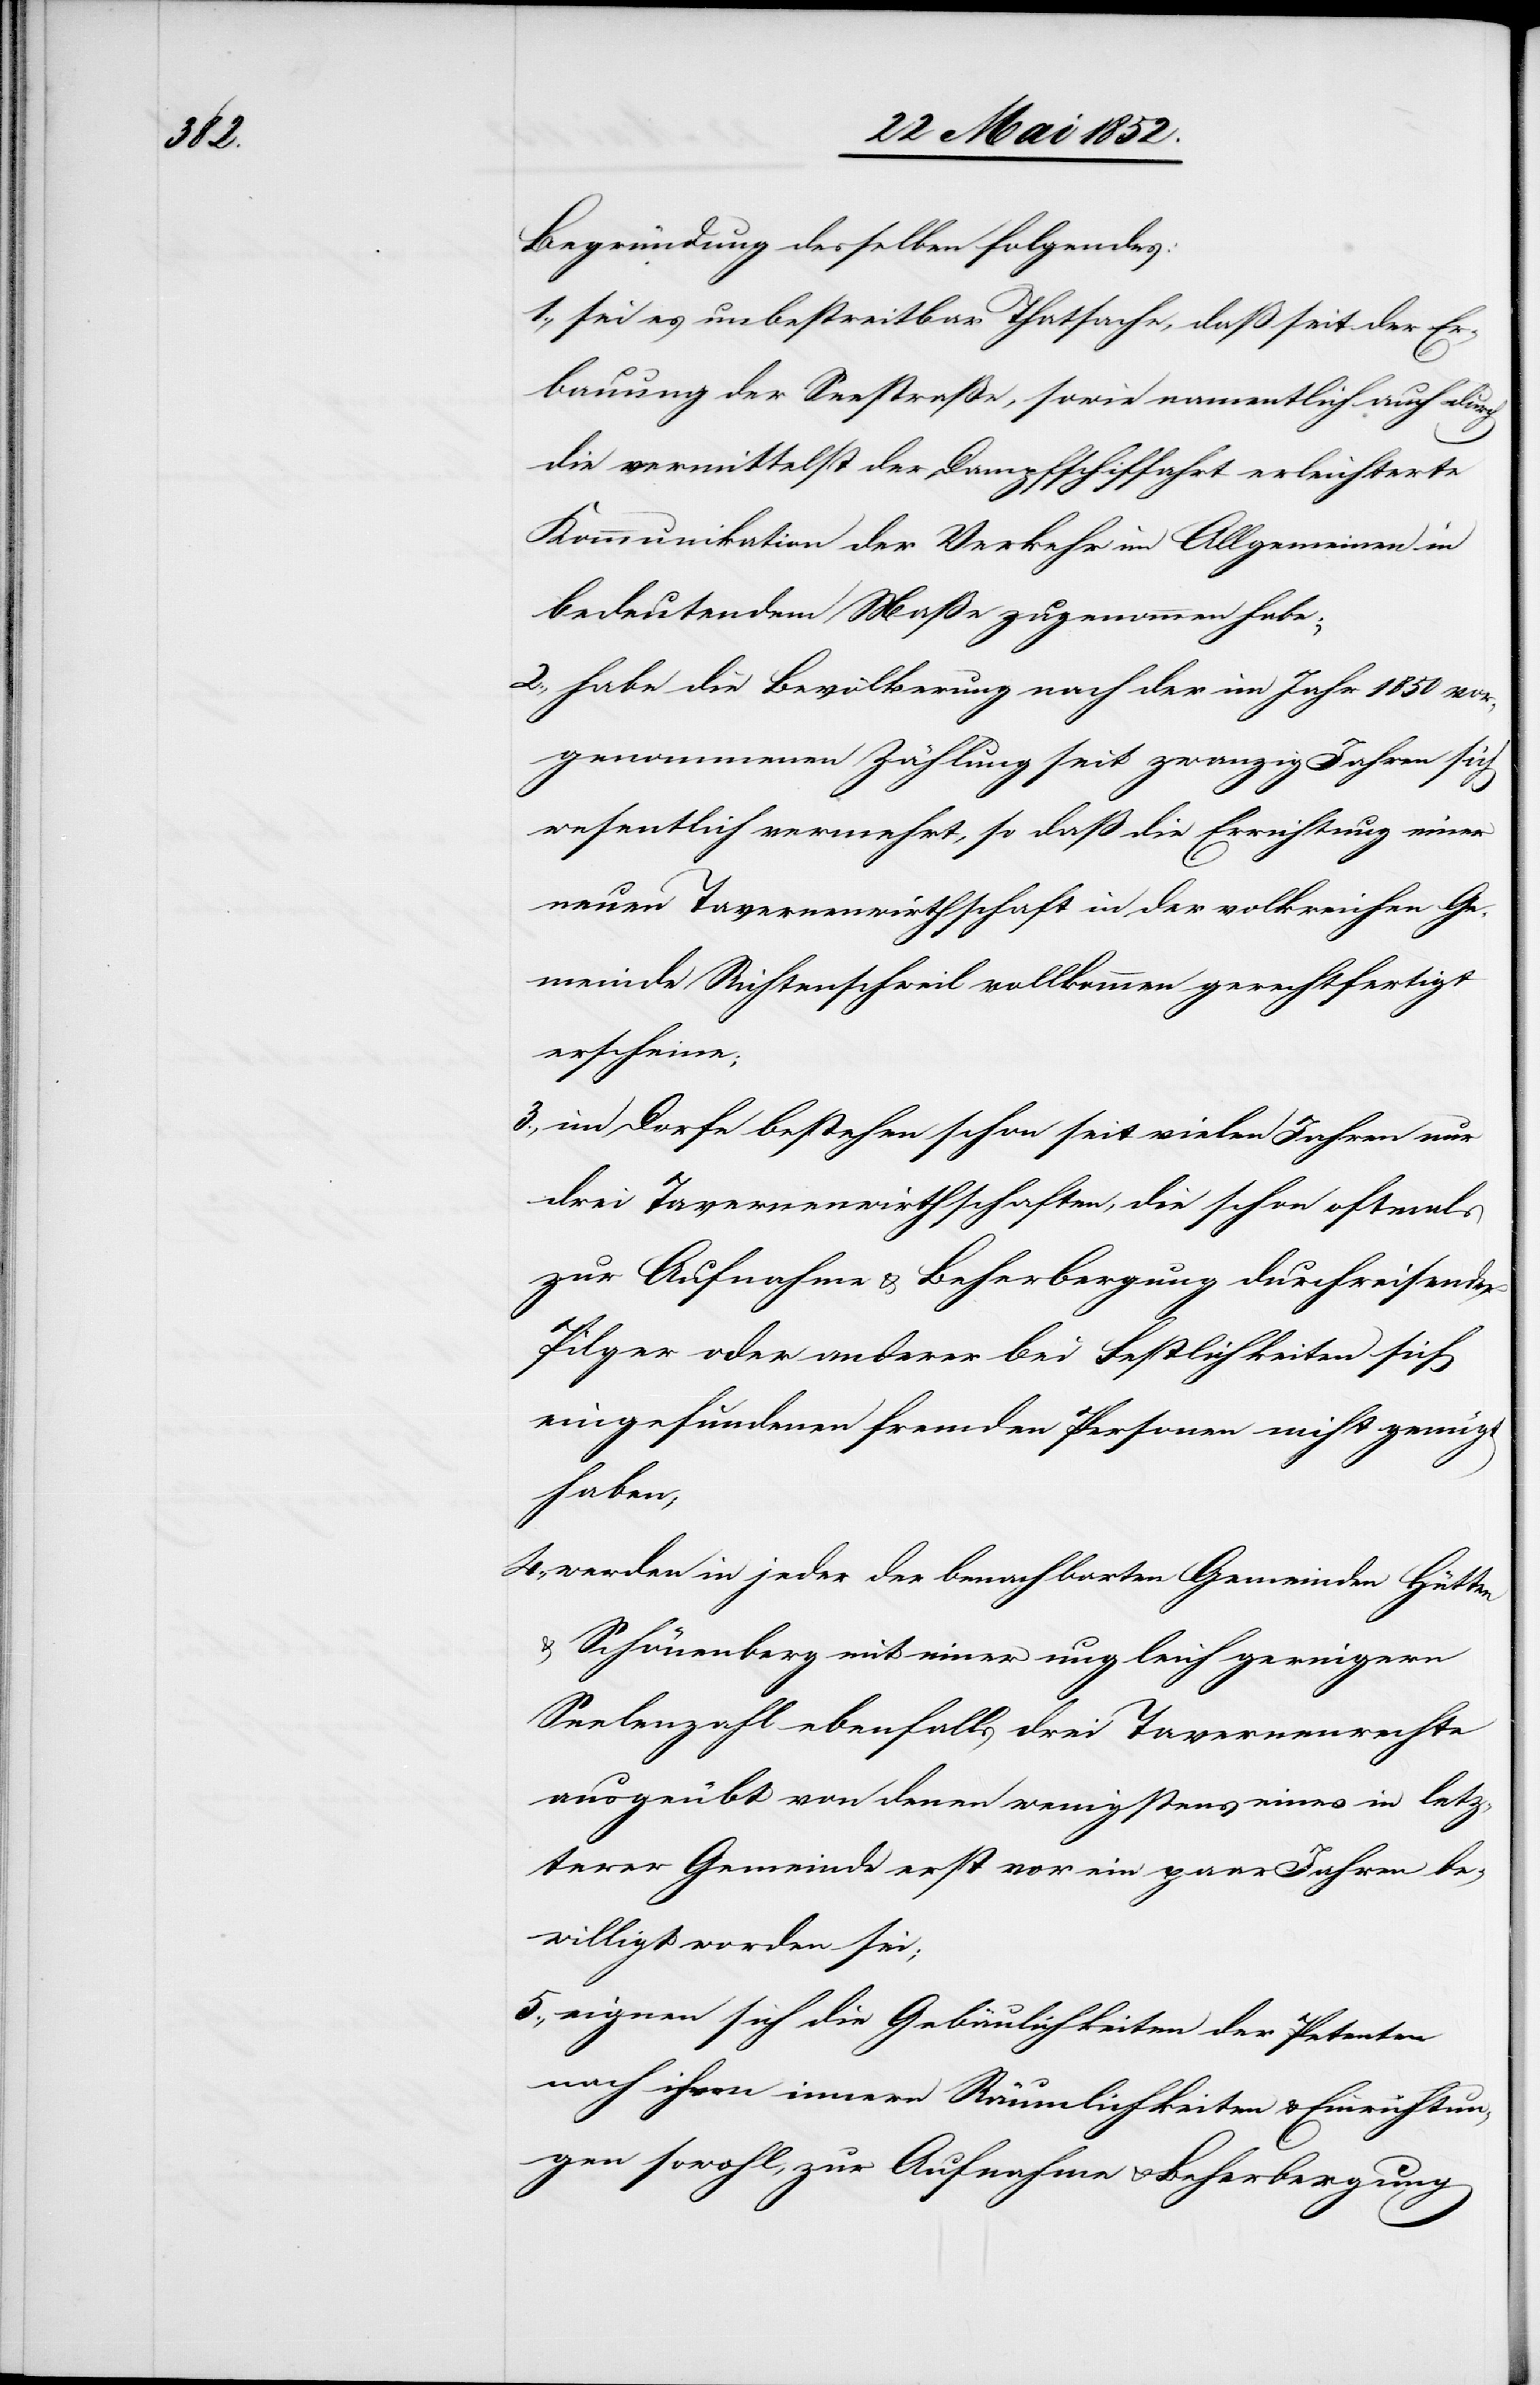
5.,

Begründung desselben folgendes:
sei es unbestreitbar Thatsache, daß seit der Er¬
bauung der Seestraße, sowie namentlich auch durch
die vermittelst der Dampfschiffahrt erleichterte
Kommunikation der Verkehr im Allgemeinen in
bedeutendem Maße zugenommen habe;
habe die Bevölkerung nach der im Jahr 1850 vor¬
genommenen Zählung seit zwanzig Jahren sich
wesentlich vermehrt, so daß die Errichtung einer
neuen Tavernenwirthschaft in der volkreichen Ge¬
meinde Richtenschweil vollkommen gerechtfertigt
erscheine;
im Dorfe bestehen schon seit vielen Jahren nur
drei Tavernenwirthschaften, die schon oftmals
zur Aufnahme & Beherbergung durchreisender
Pilger oder anderer bei Festlichkeiten sich
eingefundenen fremden Personen nicht genügt
haben;
werden in jeder der benachbarten Gemeinden Hütten
& Schönenberg mit einer ungleich geringern
Seelenzahl ebenfalls drei Tavernenrechte
ausgeübt von denen wenigstens eines in letz¬
terer Gemeinde erst vor ein paar Jahren be¬
willigt worden sei;
eignen sich die Gebäulichkeiten der Petenten
nach ihren innern Räumlichkeiten & Einrichtun¬
gen sowohl, zur Aufnahme & Beherbergung